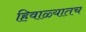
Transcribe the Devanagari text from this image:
हिवाळ्यातच